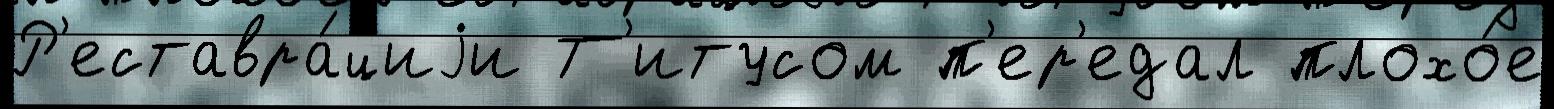
Р'еставра́циjи Т'итусом п'ер'едал плохо́е